Report on plague and inoculation in the Punjab from October 1st ... to September 30th..., being the ... season of plague in the province
Disease focus: Plague
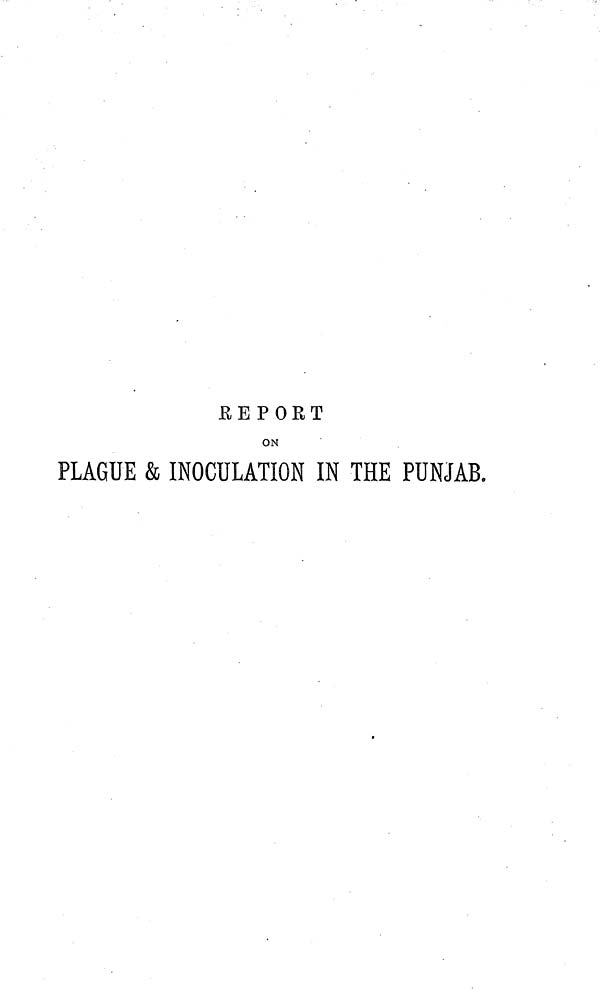
REPORT
ON
PLAGUE & INOCULATION IN THE PUNJAB.